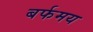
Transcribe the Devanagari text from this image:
बर्फमय